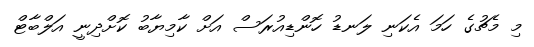
މި މެޗުގެ ހަމަ އެކަނި ލަނޑު ހޮންޑިއުރަސް އަށް ކާމިޔާބު ކޮށްދިނީ އަލްބާޓް